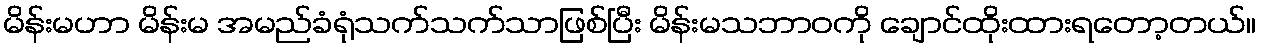
မိန်းမဟာ မိန်းမ အမည်ခံရုံသက်သက်သာဖြစ်ပြီး မိန်းမသဘာဝကို ချောင်ထိုးထားရတော့တယ်။